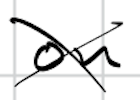
Text: on
Cross-out: cross
Writing tool: digital_black